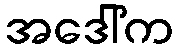
အဒေါ်က